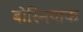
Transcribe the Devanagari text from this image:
बोस्नियाक